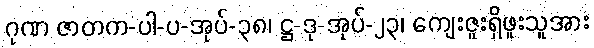
ဂုဏ ဇာတက-ပါ-ပ-အုပ်-၃၈၊ ဋ္ဌ-ဒု-အုပ်-၂၃၊ ကျေးဇူးရှိဖူးသူအား